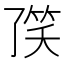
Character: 𱷻